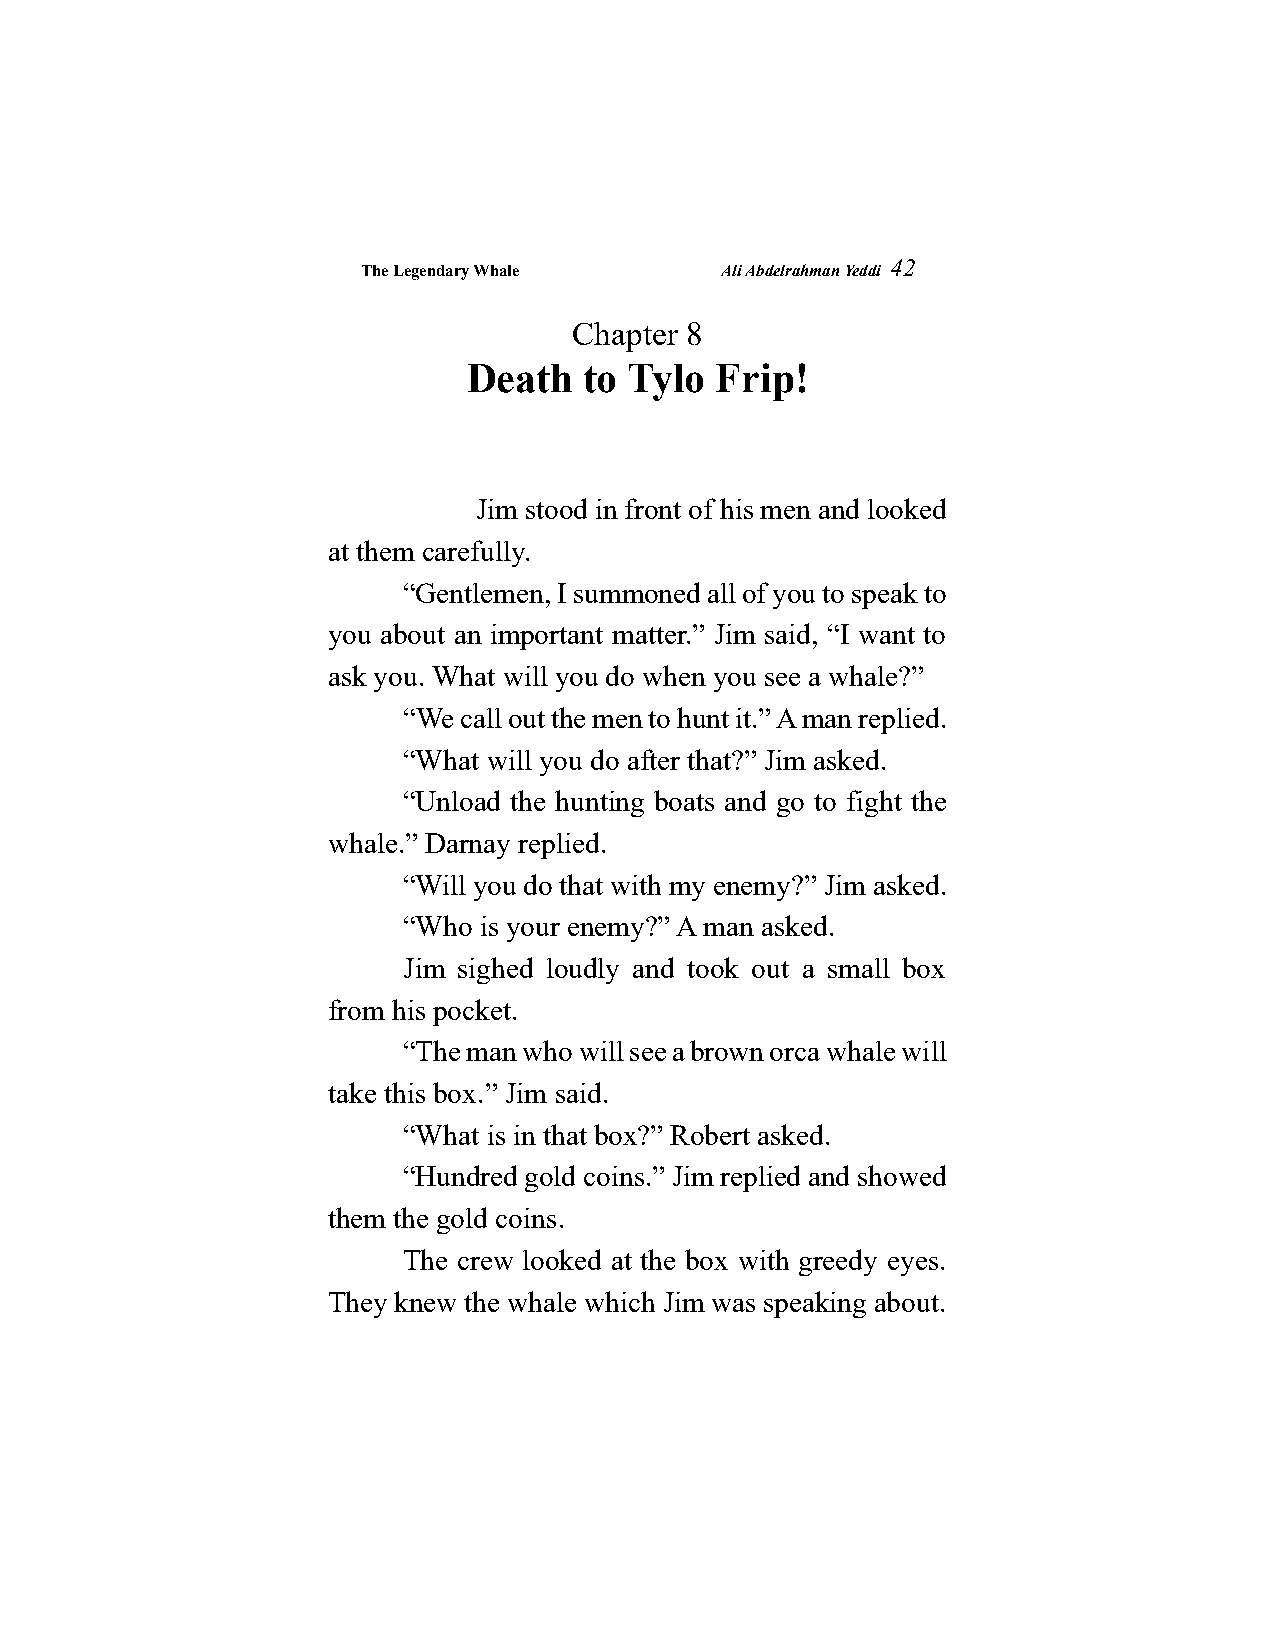
The Legendary Whale     Ali Abdelrahman Yeddi
 42
 Chapter 8
 Death   to Tylo Frip!
 Jim stood in front of his men and looked
 at them carefully.
 “Gentlemen, I summoned all of you to speak to
 you about an important matter.” Jim said, “I want to
 ask you. What will you do when you see a whale?”
 “We call out the men to hunt it.” A man replied.
 “What will you do after that?” Jim asked.
 “Unload the hunting boats and go to fight the
 whale.” Darnay replied.
 “Will you do that with my enemy?” Jim asked.
 “Who is your enemy?” A man asked.
 Jim sighed loudly and took out a small box
 from his pocket.
 “The man who will see a brown orca whale will
 take this box.” Jim said.
 “What is in that box?” Robert asked.
 “Hundred gold coins.” Jim replied and showed
 them the gold coins.
 The crew looked at the box with greedy eyes.
 They knew the whale which Jim was speaking about.